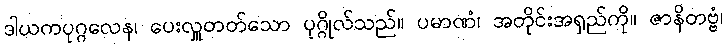
ဒါယကပုဂ္ဂလေန၊ ပေးလှူတတ်သော ပုဂ္ဂိုလ်သည်။ ပမာဏံ၊ အတိုင်းအရှည်ကို။ ဇာနိတဗ္ဗံ၊